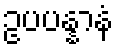
ဥပပန္နာနံ